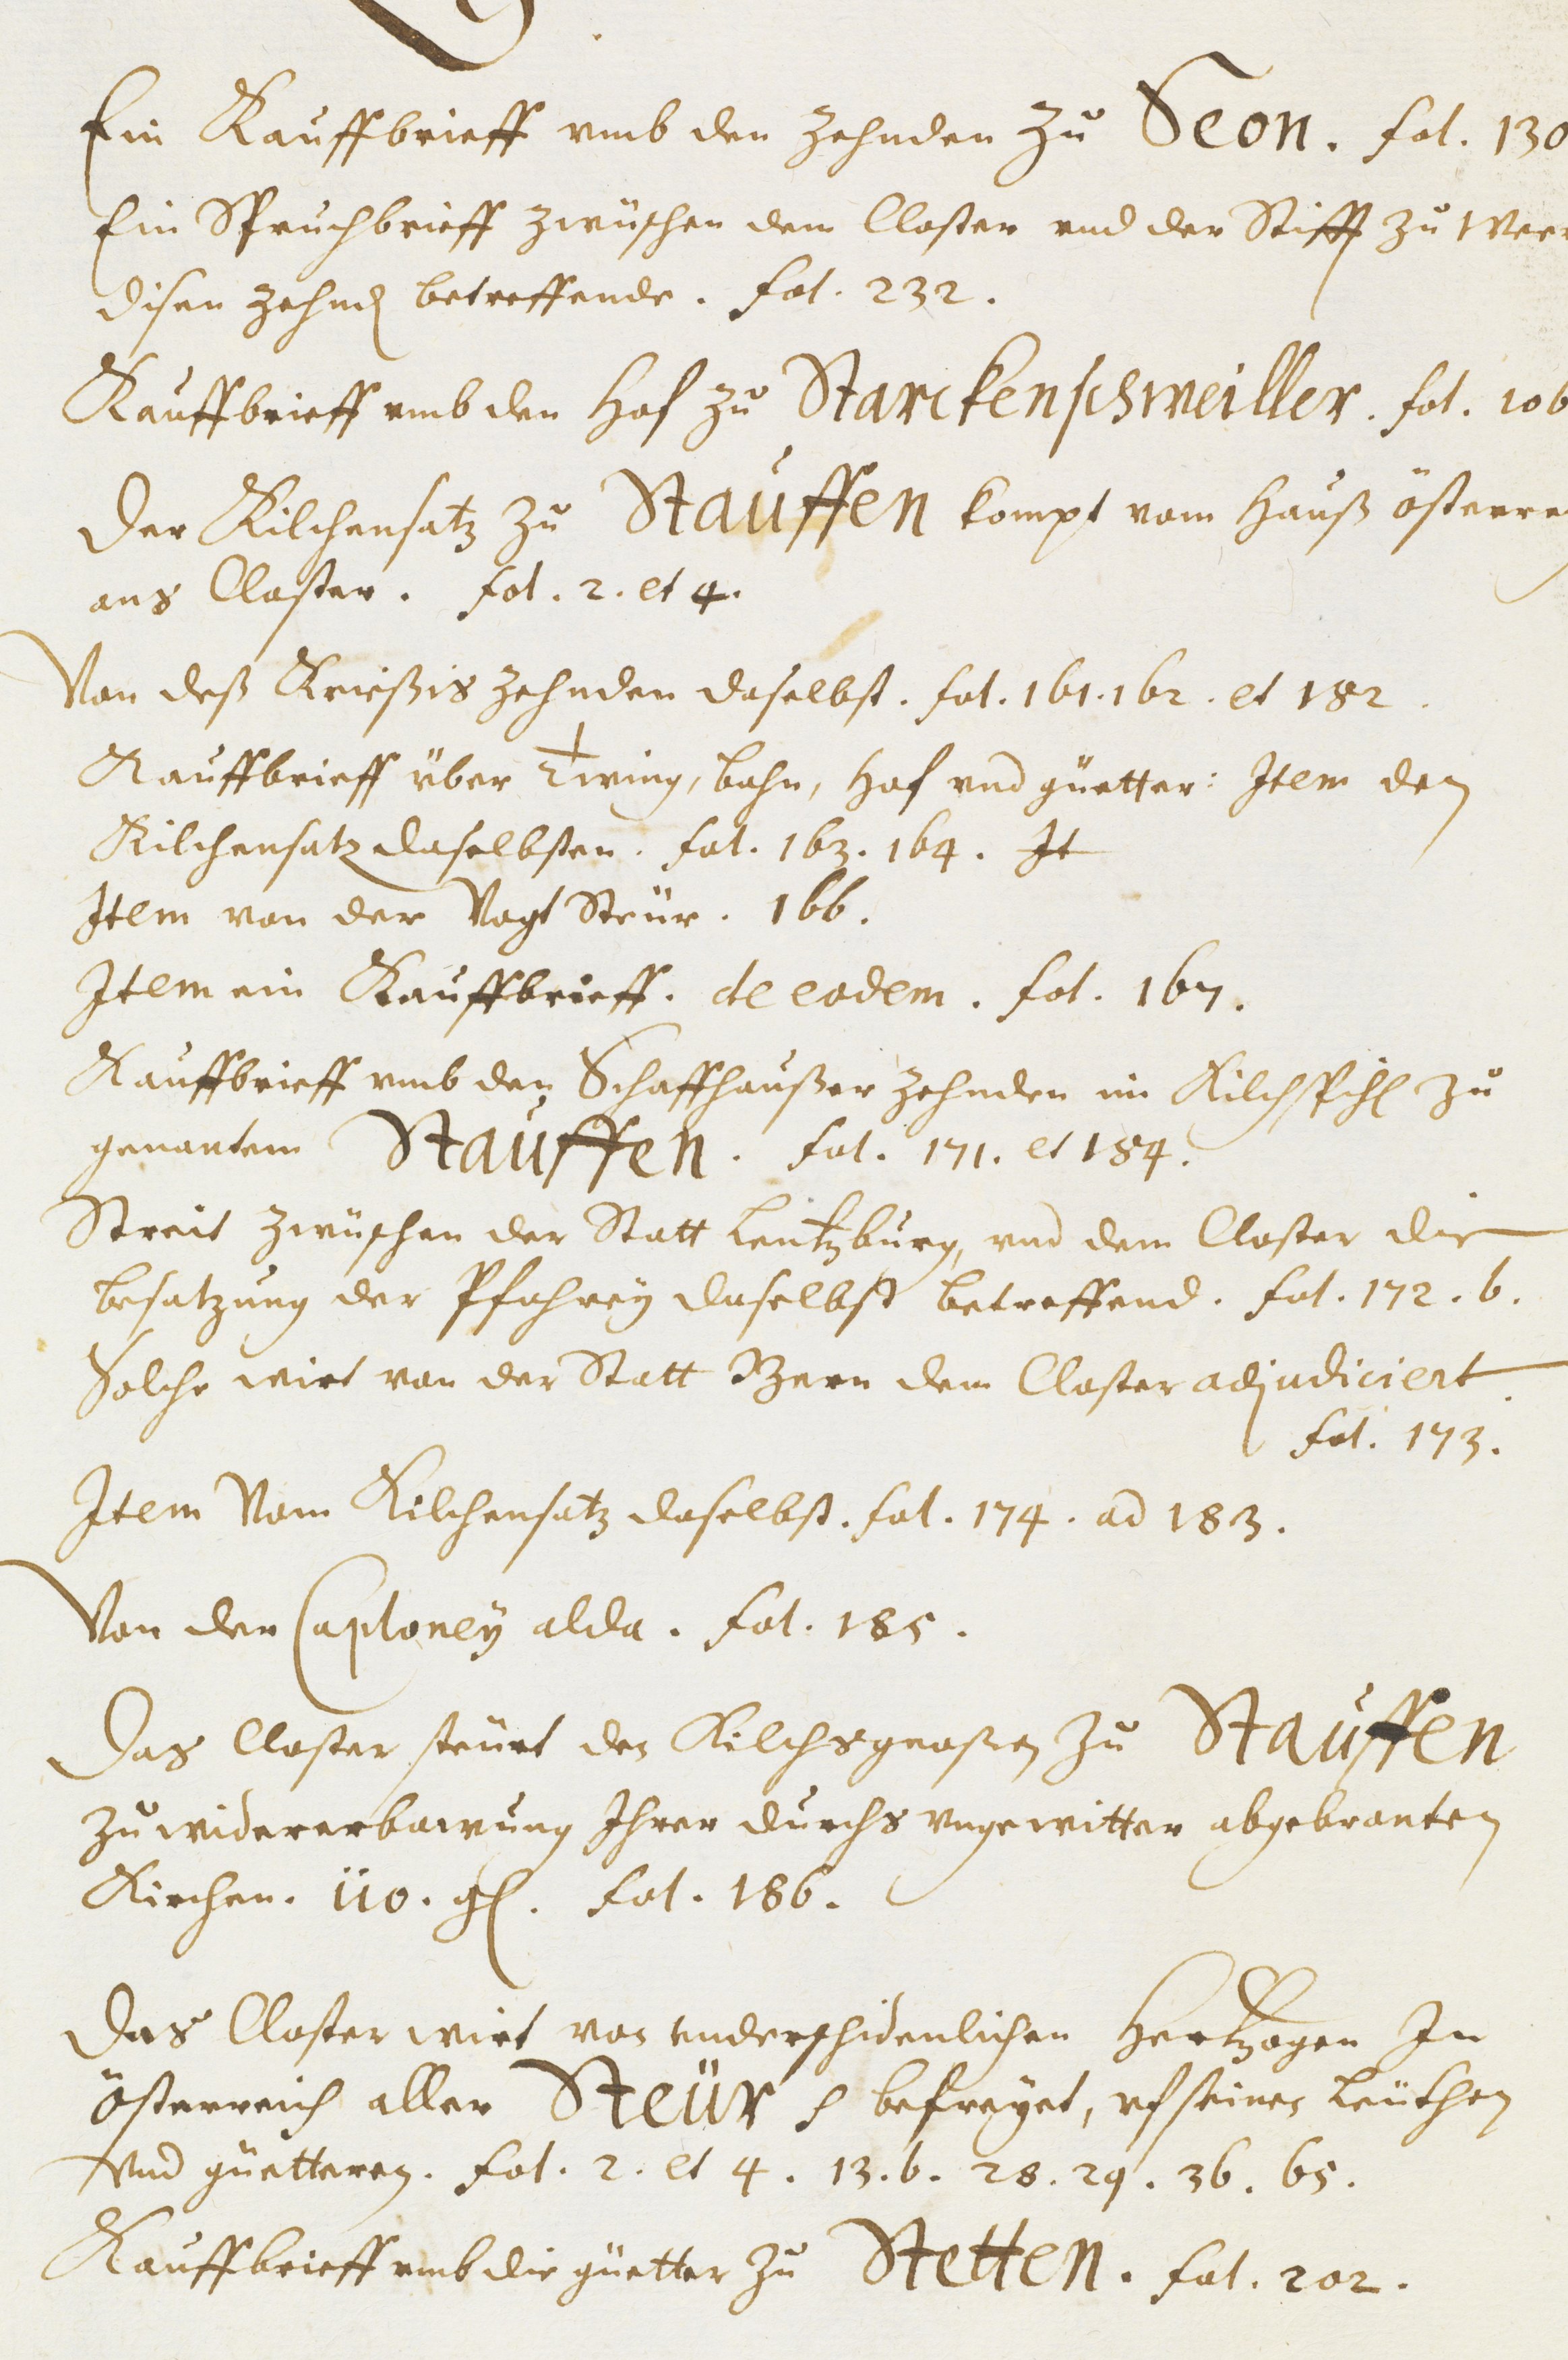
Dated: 1451–1510